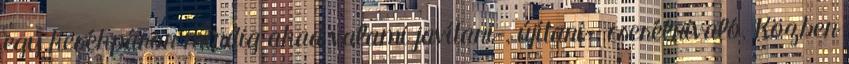
egy kerékpáron mindig akad valami javítani-, újítani-, cserélnivaló. Közben